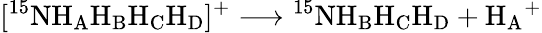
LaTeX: [^{15}\mathrm{NH_{A}H_{B}H_{C}H_{D}}]^{+}\longrightarrow\mathrm{^{15}NH_{B}H_{C}H_{D}}+\mathrm{H_{A}}^{+}